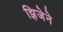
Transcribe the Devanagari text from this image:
झिजेने